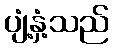
ပျံ့နှံ့သည်